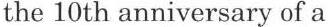
the 10th anniversary of a